Annual statistical returns and brief notes on vaccination in Bengal - 1896-1909
Year: 1896
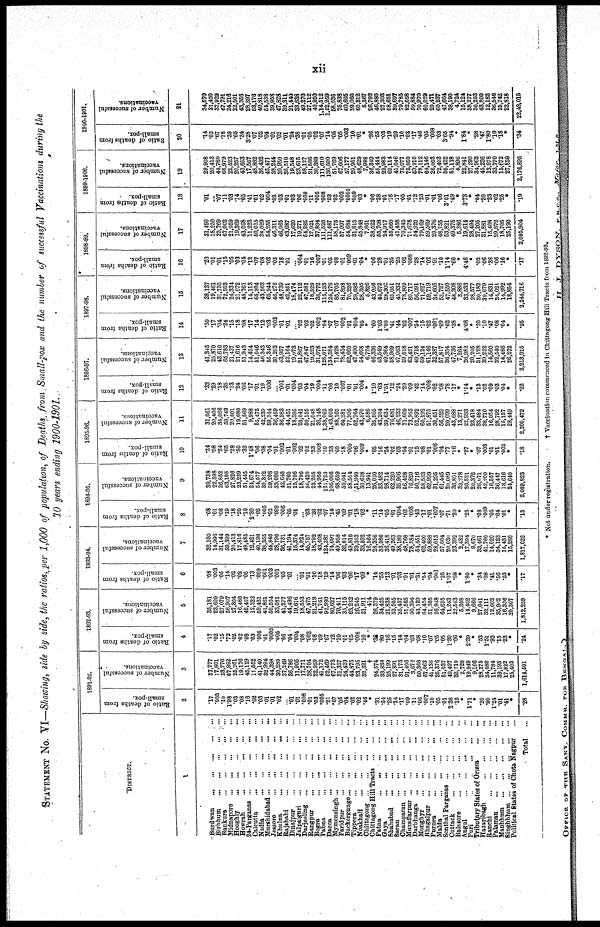
xii
STATEMENT No. VI—Showing, side by side, the ratios, per 1,000 of population, of Deaths from Small-pox and the number of successful Vaccinations during the
10 years ending 1900-1901.
DISTRICT.
1
Burdwan
...
...
...
...
...
Birhhum
...
...
...
...
...
Bankura
...
...
...
...
...
Midnapore
...
...
...
...
...
Hooghly
...
...
...
...
...
Howrah
...
...
...
...
...
24-Parganas
...
...
...
...
...
Calcutta ... ... ... ... ...
Nadia
...
...
...
...
...
Murshidabad
...
...
...
...
...
Jessore ... ... ... ... ...
Khulna
...
...
...
...
...
Rajshahi
...
...
...
...
...
Dinajpur ... ... ... ... ...
Jalpaiguri
...
...
...
...
...
Darjeeling
...
...
...
...
...
Rangpur
...
...
...
...
...
Bogra
...
...
...
...
...
Patina
...
...
...
...
...
Dacca
...
...
...
...
...
Mymensingh
...
...
...
...
...
Faridpur
...
...
...
...
...
Backergunge
...
...
...
...
...
Tippera
...
...
...
...
...
Noakhali ... ... ... ... ...
Chittagong
...
...
...
...
...
Chittagong Hill Tracts ... ... ...
Patna ... ... ... ... ...
Gaya ... ... ... ... ...
Shahabad
...
...
...
...
...
Saran ... ... ... ... ...
Champaran
...
...
...
...
...
Muzaffarpur ... ... ... ... ...
Darbhanga
...
...
...
...
...
Monghyr
...
...
...
...
...
Bhagalpur
...
...
...
...
...
Purnea
...
...
...
...
...
Malda
...
...
...
...
...
Sonthal Parganas ... ... ... ... ...
Cuttack
...
...
...
...
...
Balasore
...
...
...
...
...
Angul
...
...
...
...
...
Pari
...
...
...
...
...
Tributary States of Orissa ... ...
Hazaribagh
...
...
...
...
...
Ranchi ... ... ... ... ...
Palaman
...
...
...
...
...
Manbhum
...
...
...
...
...
Singhbhum
...
...
...
...
...
Political States of Chota Nagpur ...
Total ...
1891-92.
Ratio of deaths from
small-pox.
2
.17
.005
.10
1.98
.08
.08
.16
. 02
.03
.01
.01
.02
... .01 .01
.008
.01
.03
.005
.21
.07
.06
.04
.02
.02
.46
*
.31
.54
.25
.14
.17
.09
11
.06
.007
.10
.05
.01
2.36
.15
*
1.71
*
.20
.90
1.24
.01
.41
*
.28
Number of successful
vaccinations.
3
37,777
17,801
23,776
67,992
25,261
19,176
45,119
11,552
41,140
32,994
44,398
30,280
37,249
36,786
11,905
17,771
38,704
22,959
41,172
52,469
67,773
31,357
24,429
44,875
23,795
32,321
†
24,574
33,838
25,199
27,891
31,173
91,806
3,672
50,366
57,063
41,136
25,376
51,037
49,497
32,710
2,720
19,949
9,106
28,275
34,080
11,784
39,193
17,822
25,403
1,614,501
1892-93.
Ratio of deaths from
small-pox.
4
.17
.02
.15
.72
.02
.02
.08
.03
.006
.01
.0005
.005
.06
.04
.004
.08
.003
.08
.09
.67
.12
.10
.01
.05
.008
.10
*
.36
.80
.16
.15
.14
.04
.03
.08
.10
.07
.05
.05
1.30
.06
*
2.39
*
.53
1.51
.93
.15
.23
*
.24
Number of successful
vaccinations.
5
35,181
23,609
27,079
56,907
27,364
16,486
42,457
12,322
59,431
41,861
50,564
33,081
41,277
44,496
19,616
18,553
47,475
21,219
41,761
92,990
80,627
70,411
35,115
63,232
26,245
21,911
414
26,379
34,425
21,838
52,505
25,437
51,565
90,394
43,139
64,424
51,305
26,948
64,635
11,243
22,543
5,308
14,462
9,666
27,041
32,111
12,602
35,962
16,336
20,307
1,812,259
1893-94.
Ratio of deaths from
small-pox.
6
.08
.003
.05
.14
.02
.02
.05
.13
.009
.001
.003
.001
.03
.01
... .61
.01
.16
.18
.19
.14
.06
.03
.06
.17
.09
*
.14
.55
.13
.01
.03
.01
.01
.31
.54
.04
.001
.25
1.07
.08
*
1.80
*
.34
.08
.41
.56
.23
*
.17
Number of successful
vaccinations.
7
32,100
14,996
31,144
59,399
20,413
17,816
48,485
12,421
40,198
38,355
44,846
28,790
36,731
41,194
16,374
14,924
45,757
18,792
43,408
124,387
74,097
49,958
32,014
49,810
29,303
33,592
16,564
28,356
33,986
36,418
49,263
38,180
48,768
78,384
54,451
62,400
59,888
28,013
57,004
20,030
23,392
2,482
17,394
9,670
33,461
41,760
14,020
34,123
15,431
15,280
1,817,022
1894-95.
Ratio of deaths from
small-pox.
8
.08
.01
.08
.19
.18
.20
10
2.30
.02
.005
.02
.009
.006
.05
.01
... .08
.26
.02
.07
.14
.45
.09
.01
.18
.02
*
.11
.14
.05
.01
.004
.02
.008
.43
.17
.*01
.007
.07
.71
.20
*
.25
*
.08
.009
.05
.04
.01
*
.13
Number of successful
vaccinations.
9
39,738
22,598
26,852
63,105
27,826
23,239
51,445
24,674
54,577
39,322
59,208
33,086
42,648
51,760
15,706
18,796
56,420
23,205
44,966
121,723
106,006
68,659
50,041
58,554
51,940
30,618
13,941
26,020
33,482
28,714
62,220
35,906
56,428
70,820
50,716
58,533
62,999
31,295
61,445
20,089
36,801
33,278
20,521
20,372
26,07l
42,200
16,557
36,447
13,616
24,640
2,089,823
1895-96.
Ratio of deaths from
small-pox.
10
.34
.08
.24
.65
.28
.60
.32
1.48
.06
.08
.04
.01
.002
.01
.002
.02
.02
.23
.008
.10
.23
.60
.18
.005
.06
.009
*
.65
.16
.24
.02
.03
.04
.01
.15
.08
.01
.006
.04
.77
.16
.
.27
*
.07
.003
.01
.01
.003
*
.18
Number of successful
vaccinations.
11
31,061
20,406
34,066
59,749
20,601
19,080
51,569
9,988
55,475
42,239
59,344
36,459
36,983
44,451
18,395
20,041
50,155
21,048
32,148
1,38,062
1,43,005
88,165
64,281
77,906
52,764
43,570
6,586
35,565
43,204
39,634
76,681
46,233
71,609
73,955
52,892
60,192
51,875
30,451
56,529
20,099
43,688
13,271
22,933
23,418
33,484
38,710
16,054
28,792
15,157
28,449
2,200,472
1896-97.
Ratio of deaths from
small-pox.
12
.33
.29
.18
.35
.13
.24
.06
.17
.01
.19
.006
... .001
.01
.004
.03
.04
.19
.004
.11
.06
.10
.007
.01
.01
.004
*
1.10
.63
1.51
.12
.24
.20
.09
.42
.14
.008
.02
.08
.78
.17
*
1.14
*
.13
.02
.09
.03
.04
*
.22
Number of successful
vaccinations.
13
41,345
25,870
43,610
65,783
21,437
21,616
51,943
14,424
51,046
46,343
55,346
30,293
43,957
52,164
19,073
21,867
47,847
10,523
31,078
128,071
134,584
71,428
78,434
62,660
47,490
54,668
6,724
46,336
43,549
49,964
58,969
47,063
59,018
63,451
49,718
59,124
61,146
32,387
57,817
36,354
47,736
7,264
26,982
20,205
31,128
39,222
14,560
32,540
14,486
26,272
2,213,915
1897-98.
Ratio of deaths from
small-pox.
14
.30
.17
.04
.24
.15
.18
.08
.17
14
.12
.03
.002
.01
.01
... .02
.02
.02
.002
.04
.07
.07
.002
.01
.004
.05
*
.60
1.03
1. 00
.41
.44
.02
.007
.54
.15
.02
.001
.09
.62
.38
*
4.08
*
.20
.10
.47
.08
.04
*
.25
Number of successful
vaccinations.
16
38,137
19,461
31,735
72,503
24,334
21,072
48,761
14,113
65,204
43,563
65,944
46,275
48,739
42,851
18,474
22,112
47,581
18,529
38,772
115,133
124,170
85,705
81,898
70,226
29,682
28,395
5,826
43,056
44,672
28,302
65,051
45,332
78,809
80,717
56,091
71,627
59,719
34,605
53,727
47,550
48,308
3,886
33,533
28,577
30,182
39,079
14,831
34,021
14,992
18,854
2,244,716
1898-99.
Ratio of deaths from
small-pox.
16
.20
.01
.01
.15
.05
.03
.04
.12
.07
.08
.03
.03
.18
.01
... .004
.01
.16
.007
.01
.05
.08
.01
.009
.01
.04
*
.06
.28
.01
.35
.25
.02
.008
.28
.14
.02
.01
.10
1.14
.60
*
4.46
*
.02
.06
.38
.06
.16
*
.17
Number of successful
vaccinations.
17
31,490
18,250
25,769
67,002
21,959
19,369
43,068
11,223
50,015
38,029
54,255
46,311
46,065
43,687
17,620
19,271
54,285
17,021
37,894
111,526
111,487
58,175
57,097
54,684
31,815
55,848
7,861
38,522
55,708
24,917
55,660
41,458
70,345
71,678
54,920
79,169
59,569
29,376
48,755
53,821
49,375
5,386
19,614
28,494
27,205
31,881
15,408
29,672
18,705
25,190
2,085,904
1899-1900.
Ratio of deaths from
small-pox.
18
.01
... .07
.11
.03
.14
.05
.41
.01
.02
.004
.02
.03
.01
.03
.06
.008
.11
.005
.008
.03
.02
.002
.0005
.009
.03
*
.06
.28
.01
.16
.17
.05
.01
.12
.23
.01
.01
.06
3.01
.49
*
3.78
*
.04
.20
.23
.02
.25
*
.19
Number of successful
vaccinations.
19
29,908
20,413
44,760
66,979
22,523
20,257
43,653
17,567
48,862
36,432
45,471
38,244
39,950
35,510
19,548
23,615
58,127
21,566
30,389
111,610
136,500
51,769
67,006
57,177
29,951
48,629
7,988
36,349
55,444
22,983
69,114
41,046
75,077
73,850
53,910
78,112
64,146
26,003
72,403
56,422
51,118
4,896
22,841
27,299
34,963
45,236
13,978
33,770
15,672
27,859
2,176,895
1900-1901.
Ratio of deaths from
small-pox.
20
14
.02
.67
.78
.39
.65
.34
3.28
.07
.02
.04
.01
.02
.01
.24
.38
.01
.05
.02
.07
.14
.05
.05
.003
10
.01
*
.36
.55
.03
.19
.29
.10
.03
.17
.46
.05
.008
.03
3.65
.94
*
1.84
*
.28
.47
1.80
10
18
*
.34
Number of successful
vaccinations.
21
34,570
21,450
37,929
67,791
24,216
22,501
43,366
28,397
53,176
40,818
54,538
39,958
47,828
39,311
21,440
33,638
49,270
27,112
40,950
1,14,512
1,52,959
58,036
75,838
60,605
39,060
60,312
5,367
26,792
46,880
27,303
58,651
39,697
79,785
82,058
59,884
70,970
60,029
29,471
60,237
47,664
38,190
4,724
15,124
38,277
36,253
43,800
12,182
36,546
15,742
22,818
22,48,015
* Not under registration.
† Vaccination commenced in Chittagong Hill Tracts from 1892-93.
OFFICE OF THE SANY. COMMR. FOR BENGAL.
H. J. DYSON. F.R.C.S., Major,
I.M.S.